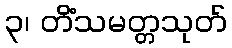
၃၊ တိံသမတ္တသုတ်